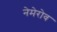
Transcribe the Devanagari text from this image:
नेमेरोव